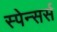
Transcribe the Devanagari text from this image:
स्पेन्सर्स